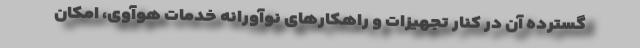
گسترده آن در کنار تجهیزات و راهکارهای نوآورانه خدمات هوآوی، امکان